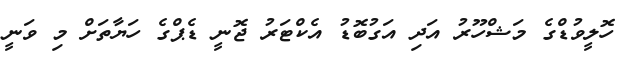
ހޮލީވުޑްގެ މަޝްހޫރު އަދި އަގުބޮޑު އެކްޓަރު ޖޮނީ ޑެޕްގެ ހަޔާތަށް މި ވަނީ